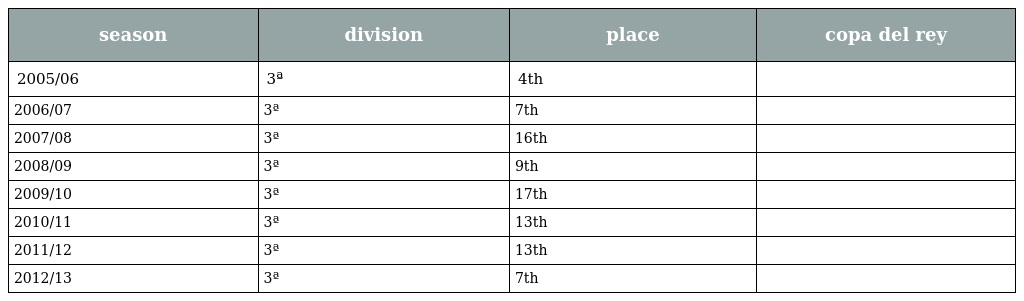
| season | division | place | copa del rey |
 | --- | --- | --- | --- |
 | 2005/06 | 3ª | 4th |  |
 | 2006/07 | 3ª | 7th |  |
 | 2007/08 | 3ª | 16th |  |
 | 2008/09 | 3ª | 9th |  |
 | 2009/10 | 3ª | 17th |  |
 | 2010/11 | 3ª | 13th |  |
 | 2011/12 | 3ª | 13th |  |
 | 2012/13 | 3ª | 7th |  |